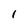
Character: 1